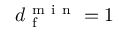
d _ { \mathrm { ~ f ~ } } ^ { \mathrm { ~ m ~ i ~ n ~ } } = 1